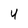
Character: 4